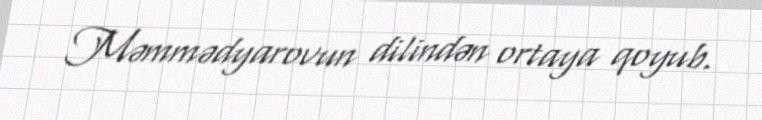
Məmmədyarovun dilindən ortaya qoyub.